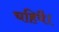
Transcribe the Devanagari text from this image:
चहियै।